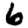
Digit: 6